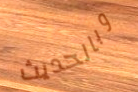
وبالحديث